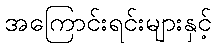
အကြောင်းရင်းများနှင့်